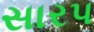
સારપ